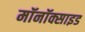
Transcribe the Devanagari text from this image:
मॉनॉक्साइड